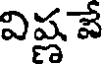
విష్ణ వే